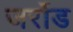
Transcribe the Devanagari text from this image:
जर्रोड